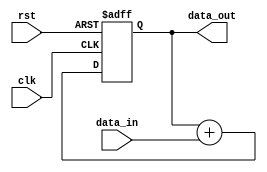
module pipeline_accumulator (
    input wire clk,
    input wire rst,
    input wire [7:0] data_in,
    output reg [15:0] data_out
);

reg [15:0] accum;

always @(posedge clk or posedge rst) begin
    if (rst) begin
        accum <= 16'h0000;
    end else begin
        accum <= accum + data_in;
    end
end

assign data_out = accum;

endmodule